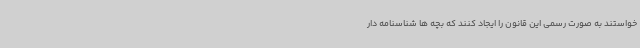
خواستند به صورت رسمی این قانون را ایجاد کنند که بچه ها شناسنامه دار